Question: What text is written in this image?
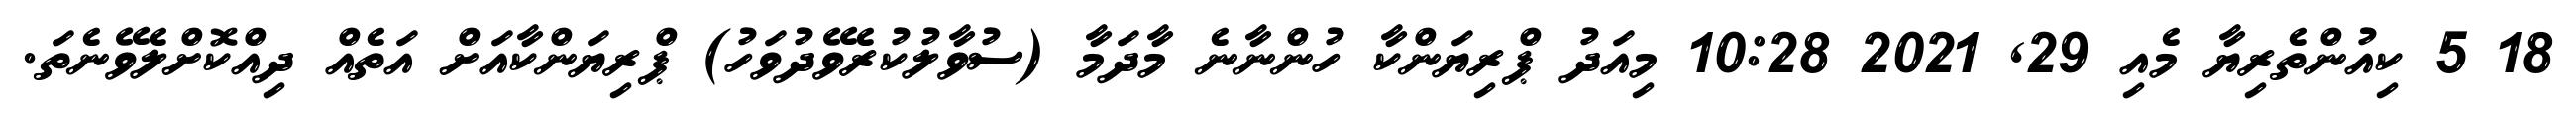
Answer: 18 5 ކިއުންތެރިޔާ މެއި 29, 2021 10:28 މިއަދު ޕްރިޔަންކާ ހުންނާނެ މާދަމާ (ސުވާލުކުރެވޭދުވަހު) ޕްރިޔަންކާއަށް އަތެއް ދިއްކޮށްލެވޭނެތަ.